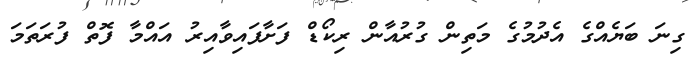
ގިނަ ބަޔެއްގެ އެދުމުގެ މަތިން ގުރުއާން ރިކޯޑް ފަށާފައިވާއިރު އައްމާ ފޮތް ފުރަތަމަ